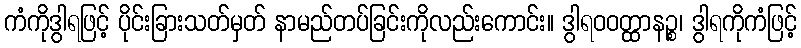
ကံကိုဒွါရဖြင့် ပိုင်းခြားသတ်မှတ် နာမည်တပ်ခြင်းကိုလည်းကောင်း။ ဒွါရဝဝတ္ထာနဉ္စ၊ ဒွါရကိုကံဖြင့်